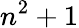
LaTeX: n^{2}+1